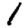
Digit: 1